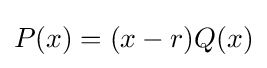
P(x)=(x-r)Q(x)